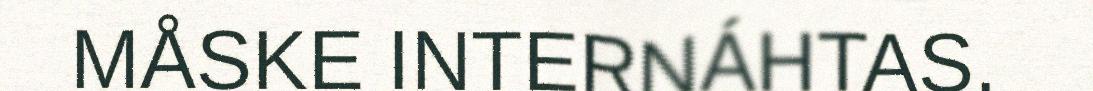
MÅSKE INTERNÁHTAS.